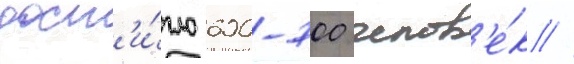
дост'и́гло 600-700 челов'е́к //